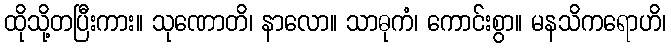
ထိုသို့တပြီးကား။ သုဏောတိ၊ နာလော။ သာဓုကံ၊ ကောင်းစွာ။ မနသိကရောဟိ၊